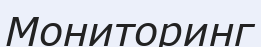
Мониторинг